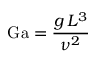
\mathrm { G a } = { \frac { g \, L ^ { 3 } } { \nu ^ { 2 } } }